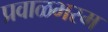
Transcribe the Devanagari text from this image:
प्रवाळभस्म